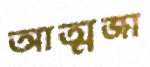
আত্মজা